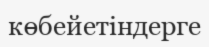
көбейетіндерге